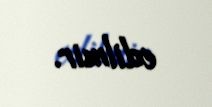
edilmir.